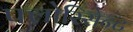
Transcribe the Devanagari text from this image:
फ्लोरिसेन्ट